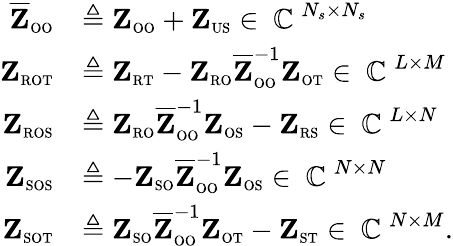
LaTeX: \begin{array}{rl}{\overline{{\mathbf{Z}}}_{\scriptscriptstyle\mathrm{O}\scriptscriptstyle\mathrm{O}}}&{\triangleq\mathbf{Z}_{\scriptscriptstyle\mathrm{O}\scriptscriptstyle\mathrm{O}}+\mathbf{Z}_{\scriptscriptstyle\mathrm{US}}\in\mathrm{~\mathbb{C}~}^{N_{s}\times N_{s}}}\\ {\mathbf{Z}_{\scriptscriptstyle\mathrm{R}\scriptscriptstyle\mathrm{O}\scriptscriptstyle\mathrm{T}}}&{\triangleq\mathbf{Z}_{\scriptscriptstyle\mathrm{R}\scriptscriptstyle\mathrm{T}}-\mathbf{Z}_{\scriptscriptstyle\mathrm{R}\scriptscriptstyle\mathrm{O}}\overline{{\mathbf{Z}}}_{\scriptscriptstyle\mathrm{O}\scriptscriptstyle\mathrm{O}}^{-1}\mathbf{Z}_{\scriptscriptstyle\mathrm{O}\scriptscriptstyle\mathrm{T}}\in\mathrm{~\mathbb{C}~}^{L\times M}}\\ {\mathbf{Z}_{\scriptscriptstyle\mathrm{R}\scriptscriptstyle\mathrm{O}\scriptscriptstyle\mathrm{S}}}&{\triangleq\mathbf{Z}_{\scriptscriptstyle\mathrm{R}\scriptscriptstyle\mathrm{O}}\overline{{\mathbf{Z}}}_{\scriptscriptstyle\mathrm{O}\scriptscriptstyle\mathrm{O}}^{-1}\mathbf{Z}_{\scriptscriptstyle\mathrm{O}\scriptscriptstyle\mathrm{S}}-\mathbf{Z}_{\scriptscriptstyle\mathrm{R}\scriptscriptstyle\mathrm{S}}\in\mathrm{~\mathbb{C}~}^{L\times N}}\\ {\mathbf{Z}_{\scriptscriptstyle\mathrm{S}\scriptscriptstyle\mathrm{O}\scriptscriptstyle\mathrm{S}}}&{\triangleq-\mathbf{Z}_{\scriptscriptstyle\mathrm{S}\scriptscriptstyle\mathrm{O}}\overline{{\mathbf{Z}}}_{\scriptscriptstyle\mathrm{O}\scriptscriptstyle\mathrm{O}}^{-1}\mathbf{Z}_{\scriptscriptstyle\mathrm{O}\scriptscriptstyle\mathrm{S}}\in\mathrm{~\mathbb{C}~}^{N\times N}}\\ {\mathbf{Z}_{\scriptscriptstyle\mathrm{S}\scriptscriptstyle\mathrm{O}\scriptscriptstyle\mathrm{T}}}&{\triangleq\mathbf{Z}_{\scriptscriptstyle\mathrm{S}\scriptscriptstyle\mathrm{O}}\overline{{\mathbf{Z}}}_{\scriptscriptstyle\mathrm{O}\scriptscriptstyle\mathrm{O}}^{-1}\mathbf{Z}_{\scriptscriptstyle\mathrm{O}\scriptscriptstyle\mathrm{T}}-\mathbf{Z}_{\scriptscriptstyle\mathrm{S}\scriptscriptstyle\mathrm{T}}\in\mathrm{~\mathbb{C}~}^{N\times M}.}\end{array}